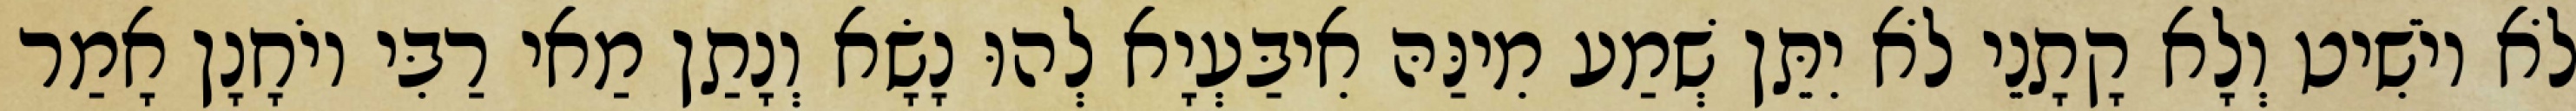
לֹא יוֹשִׁיט וְלָא קָתָנֵי לֹא יִתֵּן שְׁמַע מִינַּהּ אִיבַּעְיָא לְהוּ נָשָׂא וְנָתַן מַאי רַבִּי יוֹחָנָן אָמַר